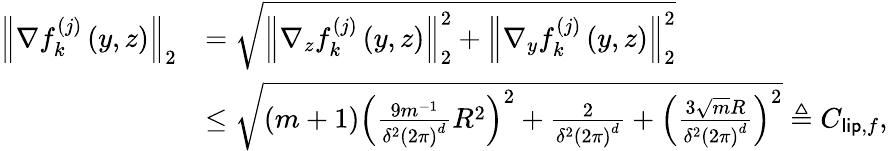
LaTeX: \begin{array}{rl}{\left\Vert\nabla f_{k}^{(j)}\left(y,z\right)\right\Vert_{2}}&{=\sqrt{\left\Vert\nabla_{z}f_{k}^{(j)}\left(y,z\right)\right\Vert_{2}^{2}+\left\Vert\nabla_{y}f_{k}^{(j)}\left(y,z\right)\right\Vert_{2}^{2}}}\\ &{\leq\sqrt{\left(m+1\right)\left(\frac{9m^{-1}}{\delta^{2}\left(2\pi\right)^{d}}R^{2}\right)^{2}+\frac{2}{\delta^{2}\left(2\pi\right)^{d}}+\left(\frac{3\sqrt{m}R}{\delta^{2}\left(2\pi\right)^{d}}\right)^{2}}\triangleq C_{\mathsf{lip},f},}\end{array}